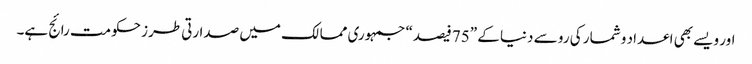
اور ویسے بھی اعداد و شمار کی رو سے دنیا کے ”75 فیصد“ جمہوری ممالک میں صدارتی طرز حکومت رائج ہے۔